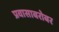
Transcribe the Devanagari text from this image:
प्रवासाबरोबर